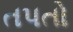
તપતો